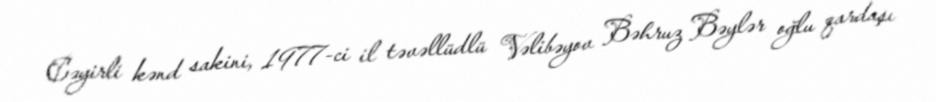
Cəyirli kənd sakini, 1977-ci il təvəllüdlü Vəlibəyov Bəhruz Bəylər oğlu qardaşı